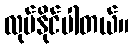
လုပ်နိုင်ပါတယ်။